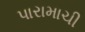
પારામાચી